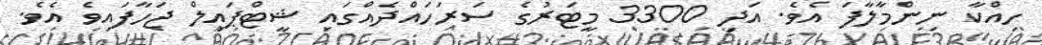
ހިއްކާ ނިންމާލާފަ އެވެ. އަދި 3300 މީޓަރުގެ ސަރަހައްދެއްގައި ޝީޓްޕައިލް ޖަހާފައިވެ އެވެ.